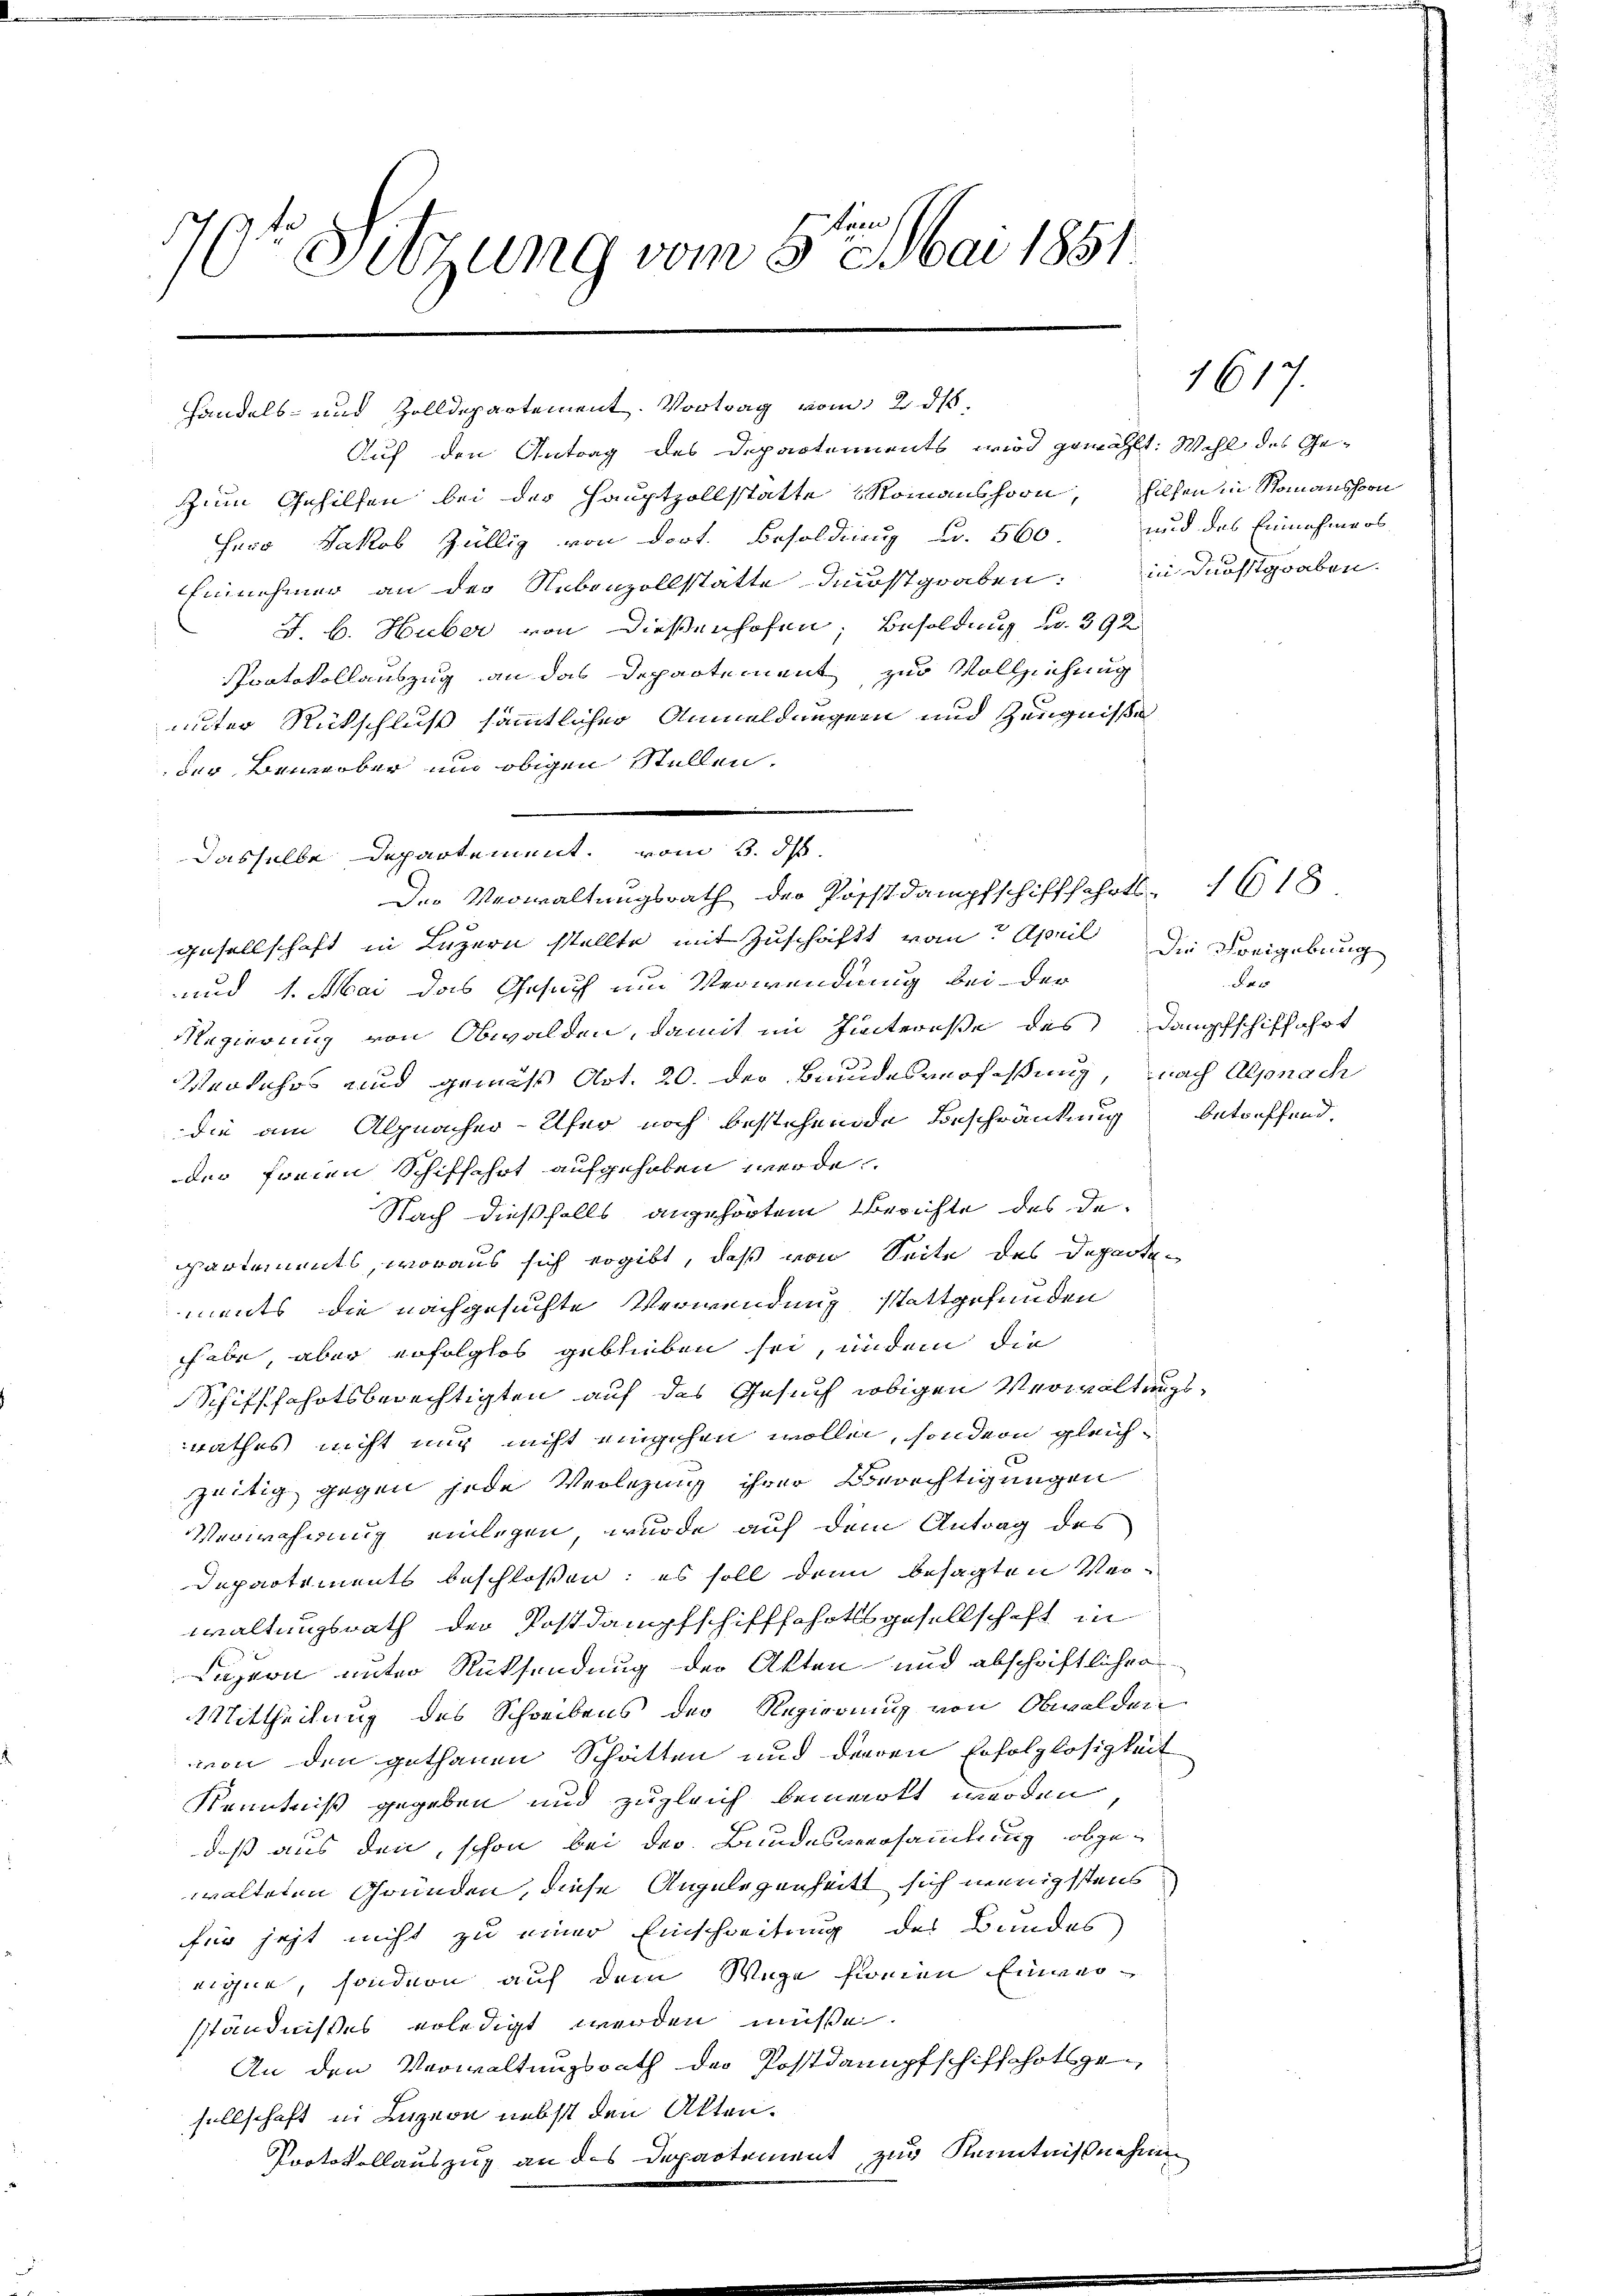
bren
7. Sitzung vom 5. Mai 1851

Handels- und Zolldepartement. Vortrag vom 2. ds.
Auf den Antrag des Departements wird gewählt: Wohl des Gezum Gehilfen bei der Hauptzollstatte Romanshorn, Hilfen in Romanshorn
Herr Jakob Züllig von dort. Besoldung Fr. 560.
Einnehmer an der Nebenzollstätte derstgraben: in durchgraben.
J. b. Huber von dießenhofen, Besoldung No. 392
Protokollauszug an das Departement zur Vollziehung
unter Rückschluß sämmtlicher Anmeldungern und Zeugnisse
der Bewerber und obigen Stellen.
Dasselbe Departement, vom 3. ds.
gesellschaft in Luzern stellte mit Zuschaft vom April die Freigebung
und 1. Mai das Gesuch um Verwendung bei der
Regierung von Obwalden, damit im Hintereße des Dampfschiffahrt
Werkehrs und gemäß Art. 20. der Bundesverfaßung, nach Alpnach
die am Alpnacher-Ufer noch bestehende Beschränkung betreffend,
der freien Schiffahrt aufgehoben werde
Nach dießfalls angehörtem Berichte des de-
partements, woraus sich ergibt, daß von Seite des Departen
ments die nachgesuchte Verwendung stattgefunden
habe, aber erfolglos geblieben sei, indem die
Schifffahrtsberechtigten auf das Gesuch obigen Verwaltungsrathes nicht mich nicht eingehen wollen, sondern gleichzeitig gegen jede Verlegung ihrer Berechtigungen
Verwahrung einlegen, wurde auf dem Antrag des
Departements beschlossen: es soll dann besagten Verwaltungsrath der Postdampfschifffchottsgesellschaft in
Luzern unter Rücksendung der Akten und abschriftlicher
Mittheilung des Schreibens der Regierung von Obwalden
von den gethanen Schätten und deren Erfolglosigkeit
Kenntniß gegeben und zugleich bemerkt werden
daß aus den schon bei der Bundesversammlung abgewalteten Gründen, diese Angelegenheitt sich wenigstens
für jezt nicht zu einer Einschreitung des Bundes
eichne, sondern auf dem Wege freien Einver-
sständnißes erledigt werden müße.
An den Verwaltungsrath der Postdampfschiffhotsgesellschaft in Luzern nebst den Akten.
Protokollauszug an des Departement zur Kenntnisnehmig

Der Verwaltungsrath der Postdampfschifffahrts- 1618

und das Einnahme es

1617.

F. v. 1